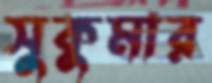
সুকুমার